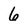
Character: 6